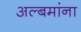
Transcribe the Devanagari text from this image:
अल्बमांना